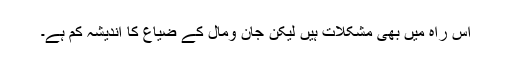
اس راہ میں بھی مشکلات ہیں لیکن جان ومال کے ضیاع کا اندیشہ کم ہے۔